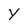
Character: y